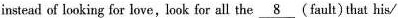
instead of looking for love , look for all the\underline{8} ( fault) that his/